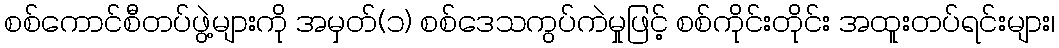
စစ်ကောင်စီတပ်ဖွဲ့များကို အမှတ်(၁) စစ်ဒေသကွပ်ကဲမှုဖြင့် စစ်ကိုင်းတိုင်း အထူးတပ်ရင်းများ၊